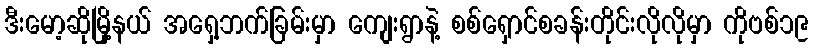
ဒီးမော့ဆိုမြို့နယ် အရှေ့ဘက်ခြမ်းမှာ ကျေးရွာနဲ့ စစ်ရှောင်စခန်းတိုင်းလိုလိုမှာ ကိုဗစ်၁၉